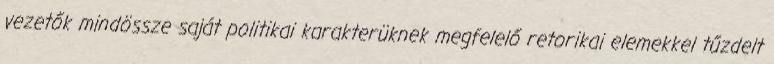
vezetők mindössze saját politikai karakterüknek megfelelő retorikai elemekkel tűzdelt